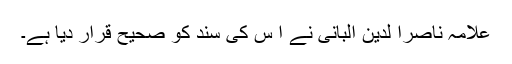
علامہ ناصرا لدین البانی نے ا س کی سند کو صحیح قرار دیا ہے۔